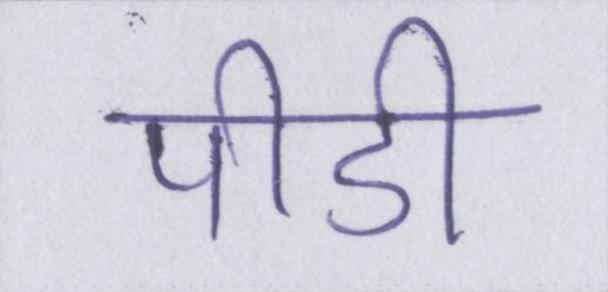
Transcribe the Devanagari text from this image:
पीडी